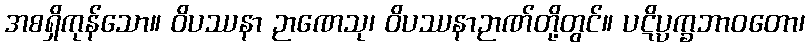
အစရှိကုန်သော။ ဝိပဿနာ ဉာဏေသု၊ ဝိပဿနာဉာဏ်တို့တွင်။ ပဋိပ္ပက္ခဘာဝတော၊